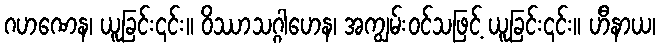
ဂဟဏေန၊ ယူခြင်း၎င်း။ ဝိဿာသဂ္ဂါဟေန၊ အကျွမ်းဝင်သဖြင့် ယူခြင်း၎င်း။ ဟီနာယ၊